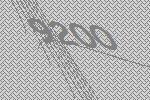
9200